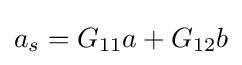
a_{s}=G_{11}a+G_{12}b